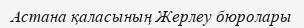
Астана қаласының Жерлеу бюролары